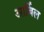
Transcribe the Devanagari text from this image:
आर्बिल